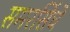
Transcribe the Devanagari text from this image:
समरसिंघे